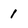
Character: 1